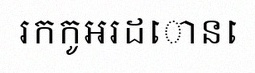
រកកូអរដោនេ